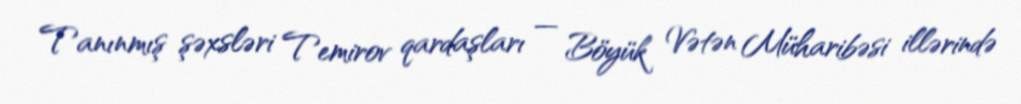
Tanınmış şəxsləri Temirov qardaşları — Böyük Vətən Müharibəsi illərində